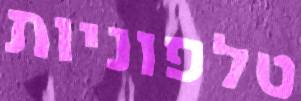
טלפוניות